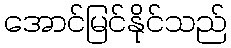
အောင်မြင်နိုင်သည်